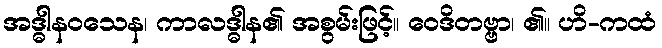
အဒ္ဓါနဝသေန၊ ကာလဒ္ဓါန၏ အစွမ်းဖြင့်။ ဝေဒိတဗ္ဗာ၊ ၏။ ဟိ-ကထံ